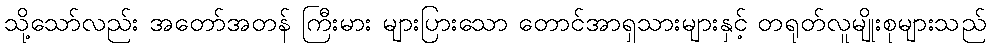
သို့သော်လည်း အတော်အတန် ကြီးမား များပြားသော တောင်အာရှသားများနှင့် တရုတ်လူမျိုးစုများသည်